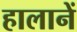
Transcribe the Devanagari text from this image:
हालानें